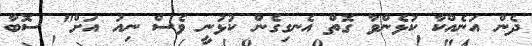
ދެން އަނެއްކާ ކުޅެންވާ ގޮތް އެނގިގެން ކުޅުނީ ވެސް ނިއު އަށް" ސޮބާ